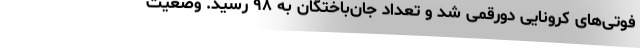
فوتی‌های کرونایی دورقمی شد و تعداد جان‌باختگان به ۹۸ رسید. وضعیت